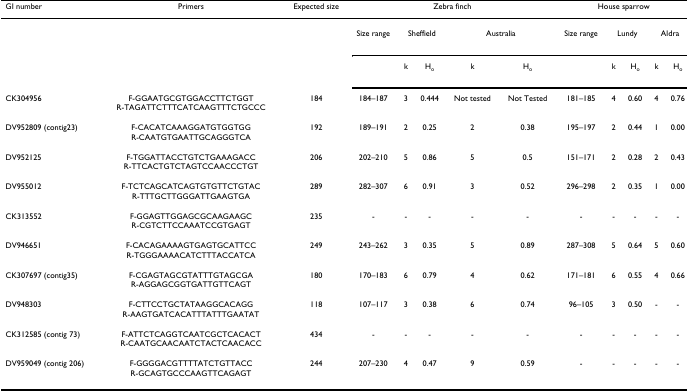
<table><thead><tr><td><b>GI number</b></td><td><b>Primers</b></td><td><b>Expected size</b></td><td colspan="5"><b>Zebra finch</b></td><td colspan="5"><b>House sparrow</b></td></tr></thead><tbody><tr><td></td><td></td><td></td><td>Size range</td><td colspan="2">Sheffield</td><td colspan="2">Australia</td><td>Size range</td><td colspan="2">Lundy</td><td colspan="2">Aldra</td></tr><tr><td></td><td></td><td></td><td></td><td>k</td><td>H<sub>o</sub></td><td>k</td><td>H<sub>o</sub></td><td></td><td>k</td><td>H<sub>o</sub></td><td>k</td><td>H<sub>o</sub></td></tr><tr><td>CK304956</td><td>F-GGAATGCGTGGACCTTCTGGTR-TAGATTCTTTCATCAAGTTTCTGCCC</td><td>184</td><td>184–187</td><td>3</td><td>0.444</td><td>Not tested</td><td>Not Tested</td><td>181–185</td><td>4</td><td>0.60</td><td>4</td><td>0.76</td></tr><tr><td>DV952809 (contig23)</td><td>F-CACATCAAAGGATGTGGTGGR-CAATGTGAATTGCAGGGTCA</td><td>192</td><td>189–191</td><td>2</td><td>0.25</td><td>2</td><td>0.38</td><td>195–197</td><td>2</td><td>0.44</td><td>1</td><td>0.00</td></tr><tr><td>DV952125</td><td>F-TGGATTACCTGTCTGAAAGACCR-TTCACTGTCTAGTCCAACCCTGT</td><td>206</td><td>202–210</td><td>5</td><td>0.86</td><td>5</td><td>0.5</td><td>151–171</td><td>2</td><td>0.28</td><td>2</td><td>0.43</td></tr><tr><td>DV955012</td><td>F-TCTCAGCATCAGTGTGTTCTGTACR-TTTGCTTGGGATTGAAGTGA</td><td>289</td><td>282–307</td><td>6</td><td>0.91</td><td>3</td><td>0.52</td><td>296–298</td><td>2</td><td>0.35</td><td>1</td><td>0.00</td></tr><tr><td>CK313552</td><td>F-GGAGTTGGAGCGCAAGAAGCR-CGTCTTCCAAATCCGTGAGT</td><td>235</td><td>-</td><td>-</td><td>-</td><td>-</td><td>-</td><td>-</td><td>-</td><td>-</td><td>-</td><td>-</td></tr><tr><td>DV946651</td><td>F-CACAGAAAAGTGAGTGCATTCCR-TGGGAAAACATCTTTACCATCA</td><td>249</td><td>243–262</td><td>3</td><td>0.35</td><td>5</td><td>0.89</td><td>287–308</td><td>5</td><td>0.64</td><td>5</td><td>0.60</td></tr><tr><td>CK307697 (contig35)</td><td>F-CGAGTAGCGTATTTGTAGCGAR-AGGAGCGGTGATTGTTCAGT</td><td>180</td><td>170–183</td><td>6</td><td>0.79</td><td>4</td><td>0.62</td><td>171–181</td><td>6</td><td>0.55</td><td>4</td><td>0.66</td></tr><tr><td>DV948303</td><td>F-CTTCCTGCTATAAGGCACAGGR-AAGTGATCACATTTATTTGAATAT</td><td>118</td><td>107–117</td><td>3</td><td>0.38</td><td>6</td><td>0.74</td><td>96–105</td><td>3</td><td>0.50</td><td>-</td><td>-</td></tr><tr><td>CK312585 (contig 73)</td><td>F-ATTCTCAGGTCAATCGCTCACACTR-CAATGCAACAATCTACTCAACACC</td><td>434</td><td>-</td><td>-</td><td>-</td><td>-</td><td>-</td><td>-</td><td>-</td><td>-</td><td>-</td><td>-</td></tr><tr><td>DV959049 (contig 206)</td><td>F-GGGGACGTTTTATCTGTTACCR-GCAGTGCCCAAGTTCAGAGT</td><td>244</td><td>207–230</td><td>4</td><td>0.47</td><td>9</td><td>0.59</td><td>-</td><td>-</td><td>-</td><td>-</td><td>-</td></tr></tbody></table>